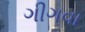
ગીગવા